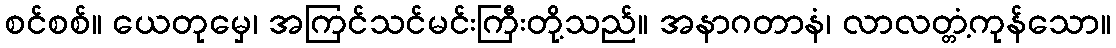
စင်စစ်။ ယေတုမှေ၊ အကြင်သင်မင်းကြီးတို့သည်။ အနာဂတာနံ၊ လာလတ္တံ့ကုန်သော။